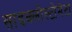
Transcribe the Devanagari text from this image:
साइक्लोस्टोमेटा